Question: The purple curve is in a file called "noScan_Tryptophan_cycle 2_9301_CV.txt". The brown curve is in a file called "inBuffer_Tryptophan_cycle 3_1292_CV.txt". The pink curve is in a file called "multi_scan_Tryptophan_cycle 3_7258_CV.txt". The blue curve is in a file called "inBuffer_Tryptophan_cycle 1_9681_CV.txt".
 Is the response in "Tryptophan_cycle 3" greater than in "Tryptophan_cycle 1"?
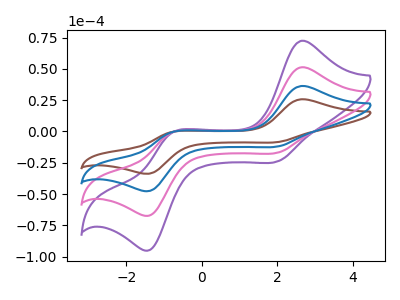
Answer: <think>The purple curve "Tryptophan_cycle 2" has anodic peaks at (2.65V, 109.10uA) (-0.80V, -1.45uA) and cathodic peaks at (2.00V, -35.80uA) (-1.35V, -142.25uA). The brown curve "Tryptophan_cycle 3" has anodic peaks at (2.65V, 25.75uA) (-0.80V, -0.35uA) and cathodic peaks at (2.00V, -8.45uA) (-1.35V, -33.60uA). The pink curve "Tryptophan_cycle 3" has anodic peaks at (2.65V, 72.75uA) (-0.80V, -0.95uA) and cathodic peaks at (2.00V, -23.90uA) (-1.35V, -94.85uA). The blue curve "Tryptophan_cycle 1" has anodic peaks at (2.65V, 36.35uA) (-0.80V, -0.50uA) and cathodic peaks at (2.00V, -11.95uA) (-1.35V, -47.40uA).
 All the peaks in "Tryptophan_cycle 3" have a peak in "Tryptophan_cycle 1" at the same potential.</think>
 <answer>I cant tell if "Tryptophan_cycle 3" or "Tryptophan_cycle 1" has more signal.</answer>
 <eval>mixed_signal</eval>